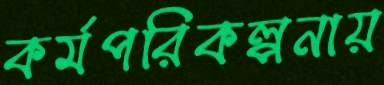
কর্মপরিকল্পনায়